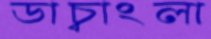
ডাচ্বাংলা